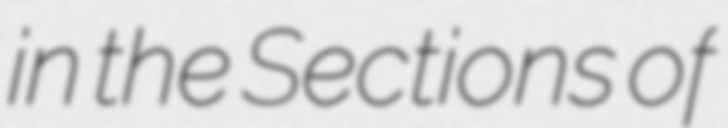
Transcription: in the Sections of